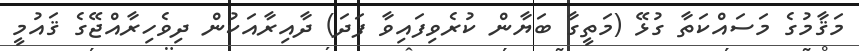
މަޤާމުގެ މަސައްކަތާ ގުޅޭ (މަތީގާ ބަޔާން ކުރެވިފައިވާ ފަދަ) ދާއިރާއަކުން ދިވެހިރާއްޖޭގެ ޤައުމީ